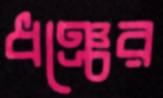
ধঞ্চের